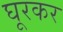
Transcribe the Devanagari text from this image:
घूरकर